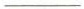
___